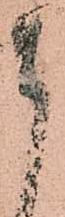
貴